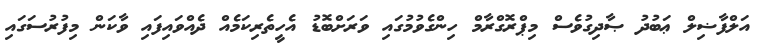
އަލްފާޟިލް ޢަބުދު ޞާދިގުވެސް މިޕްރޮގްރާމް ހިންގެވުމުގައި ވަރަށްބޮޑު އެހީތެރިކަމެއް ދެއްވައިފައި ވާކަން މިފުރުސަގައި